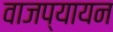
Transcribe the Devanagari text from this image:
वाजप्यायन